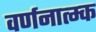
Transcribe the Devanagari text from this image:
वर्णनात्म्क